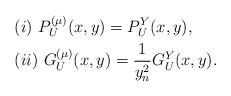
LaTeX: \begin{align*}&(i)\ P_U^{(\mu)}(x,y)=P_U^Y(x,y),\\&(ii)\ G_U^{(\mu)}(x,y)=\frac1{y_n^2}G^Y_U(x,y).\end{align*}